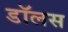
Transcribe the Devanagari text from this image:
डॉलस